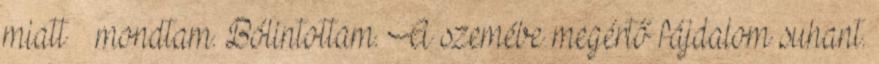
miatt – mondtam. Bólintottam. A szemébe megértő fájdalom suhant.